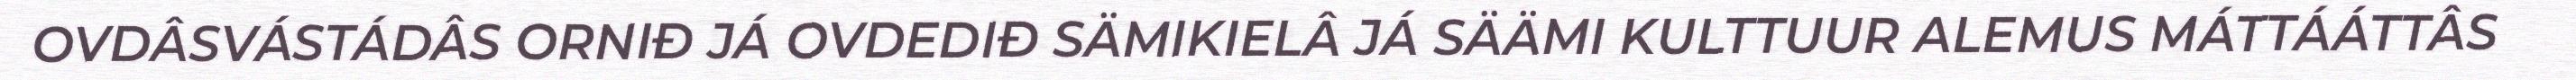
OVDÂSVÁSTÁDÂS ORNIĐ JÁ OVDEDIĐ SÄMIKIELÂ JÁ SÄÄMI KULTTUUR ALEMUS MÁTTÁÁTTÂS